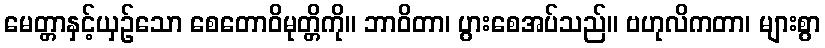
မေတ္တာနှင့်ယှဉ်သော စေတောဝိမုတ္တိကို။ ဘာဝိတာ၊ ပွားစေအပ်သည်။ ဗဟုလိကတာ၊ များစွာ